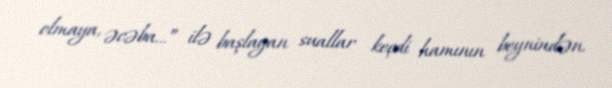
olmaya, əcəba...” ilə başlayan suallar keçdi hamının beynindən.